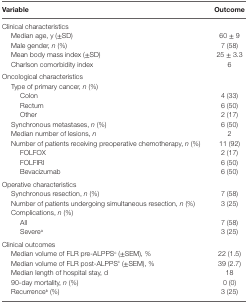
<table><thead><tr><td><b>Variable</b></td><td><b>Outcome</b></td></tr></thead><tbody><tr><td colspan="2">Clinical characteristics</td></tr><tr><td> Median age, y (±SD)</td><td>60 ± 9</td></tr><tr><td> Male gender, <i>n</i> (%)</td><td>7 (58)</td></tr><tr><td> Mean body mass index (±SD)</td><td>25 ± 3.3</td></tr><tr><td> Charlson comorbidity index</td><td>6</td></tr><tr><td colspan="2">Oncological characteristics</td></tr><tr><td> Type of primary cancer, <i>n</i> (%)</td><td></td></tr><tr><td>Colon</td><td>4 (33)</td></tr><tr><td>Rectum</td><td>6 (50)</td></tr><tr><td>Other</td><td>2 (17)</td></tr><tr><td> Synchronous metastases, <i>n</i> (%)</td><td>6 (50)</td></tr><tr><td> Median number of lesions, <i>n</i></td><td>2</td></tr><tr><td> Number of patients receiving preoperative chemotherapy, <i>n</i> (%)</td><td>11 (92)</td></tr><tr><td>FOLFOX</td><td>2 (17)</td></tr><tr><td>FOLFIRI</td><td>6 (50)</td></tr><tr><td>Bevacizumab</td><td>6 (50)</td></tr><tr><td colspan="2">Operative characteristics</td></tr><tr><td> Synchronous resection, <i>n</i> (%)</td><td>7 (58)</td></tr><tr><td> Number of patients undergoing simultaneous resection, <i>n</i> (%)</td><td>3 (25)</td></tr><tr><td> Complications, <i>n</i> (%)</td><td></td></tr><tr><td>All</td><td>7 (58)</td></tr><tr><td>Severe<sup>a</sup></td><td>3 (25)</td></tr><tr><td colspan="2">Clinical outcomes</td></tr><tr><td> Median volume of FLR pre-ALPPS<sup>c</sup> (±SEM), %</td><td>22 (1.5)</td></tr><tr><td> Median volume of FLR post-ALPPS<sup>c</sup> (±SEM), %</td><td>39 (2.7)</td></tr><tr><td> Median length of hospital stay, d</td><td>18</td></tr><tr><td> 90-day mortality, <i>n</i> (%)</td><td>0 (0)</td></tr><tr><td> Recurrence<sup>b</sup> (%)</td><td>3 (25)</td></tr></tbody></table>